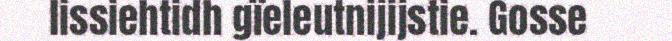
lissiehtidh gïeleutnijijstie. Gosse